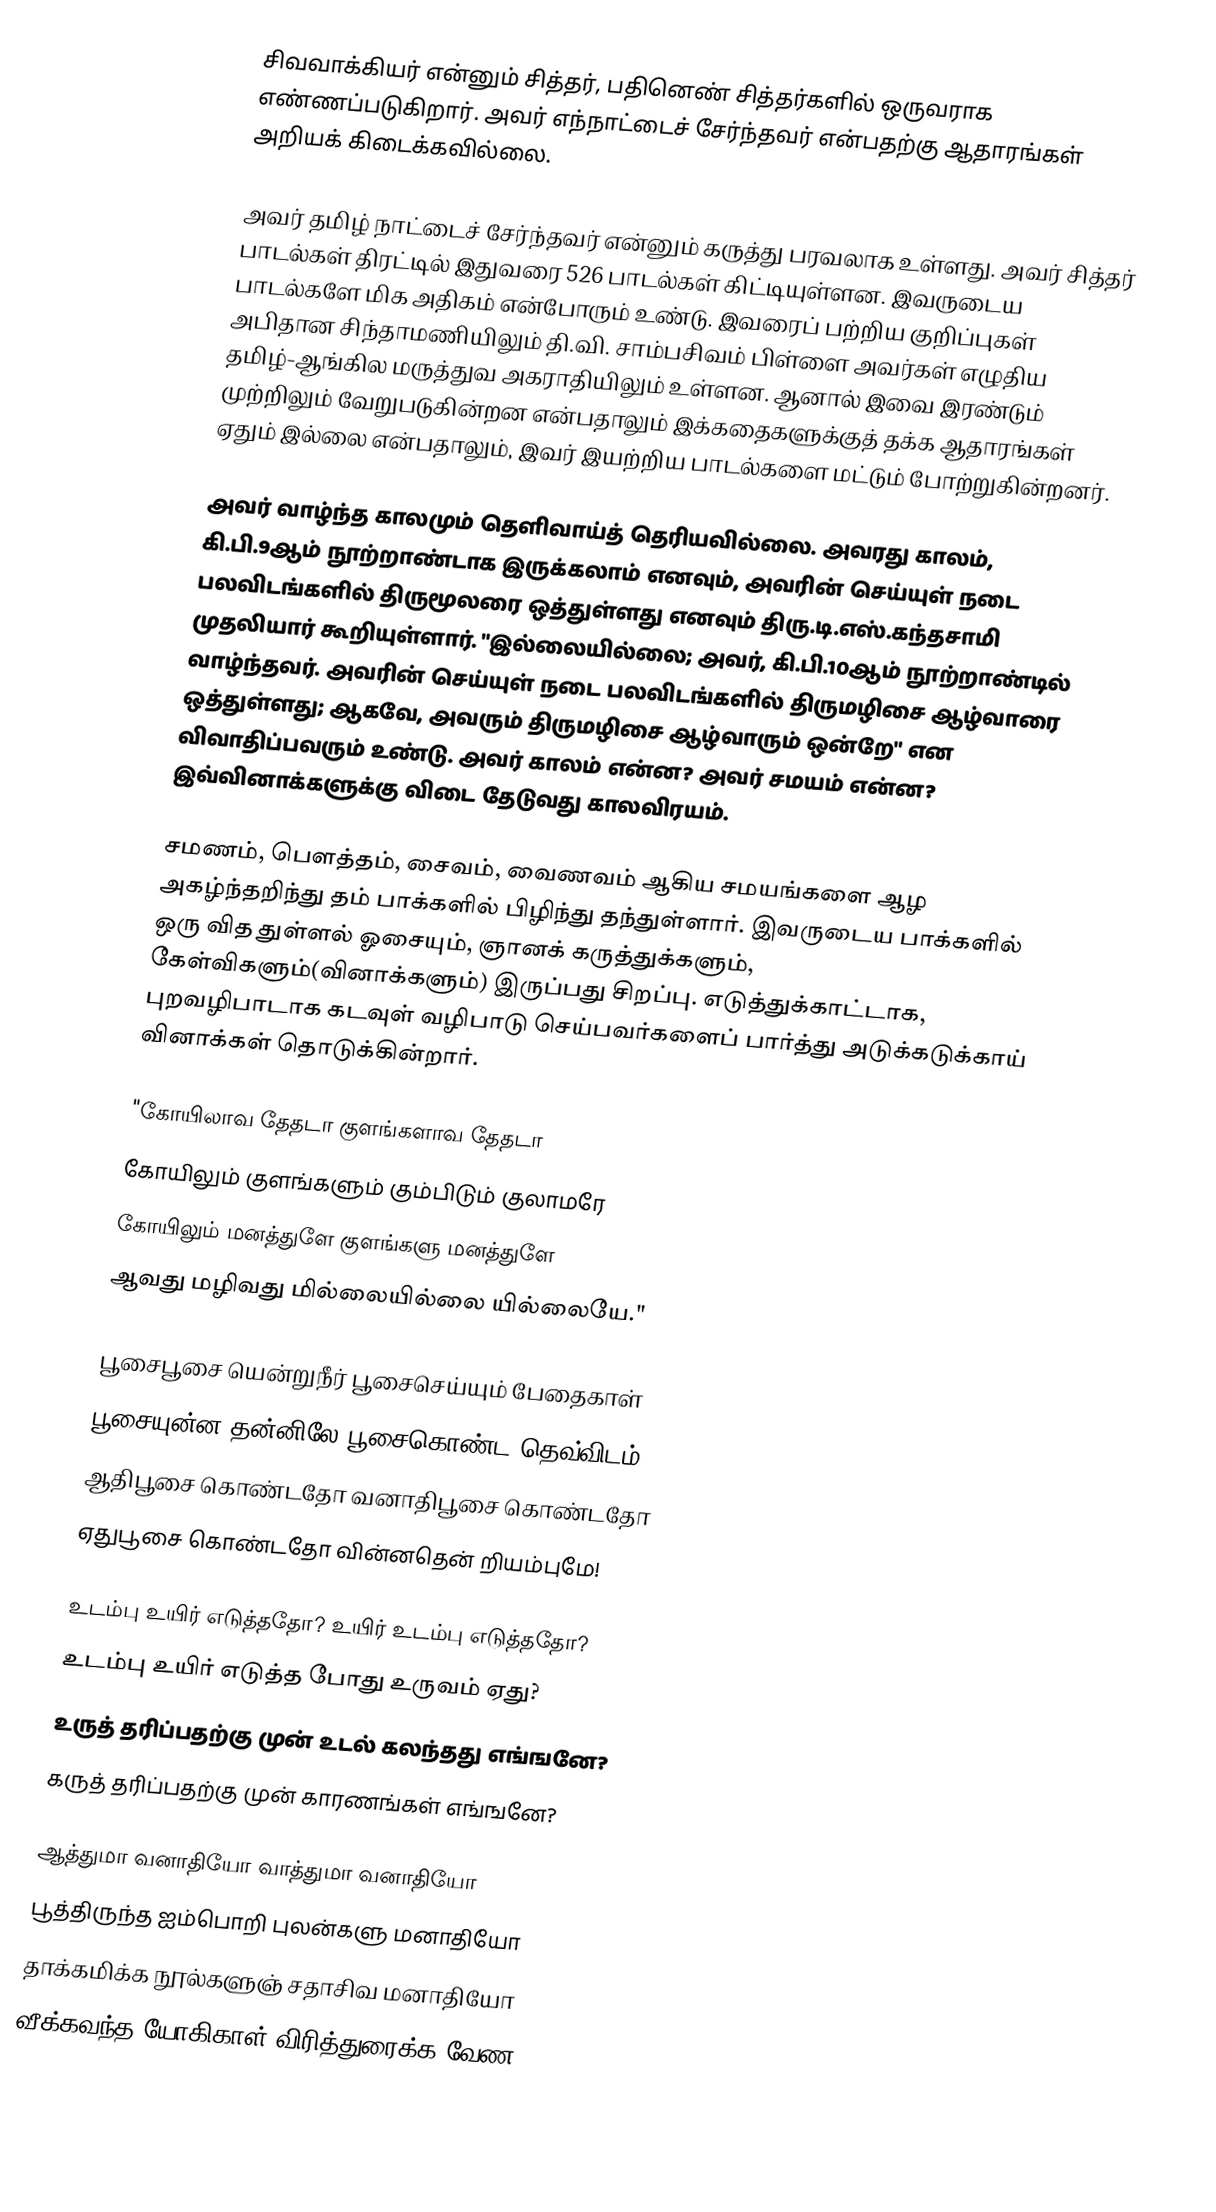
சிவவாக்கியர் என்னும் சித்தர், பதினெண் சித்தர்களில் ஒருவராக எண்ணப்படுகிறார். அவர் எந்நாட்டைச் சேர்ந்தவர் என்பதற்கு ஆதாரங்கள் அறியக் கிடைக்கவில்லை.

அவர் தமிழ் நாட்டைச் சேர்ந்தவர் என்னும் கருத்து பரவலாக உள்ளது. அவர் சித்தர் பாடல்கள் திரட்டில் இதுவரை 526 பாடல்கள் கிட்டியுள்ளன. இவருடைய பாடல்களே மிக அதிகம் என்போரும் உண்டு. இவரைப் பற்றிய குறிப்புகள் அபிதான சிந்தாமணியிலும் தி.வி. சாம்பசிவம் பிள்ளை அவர்கள் எழுதிய தமிழ்-ஆங்கில மருத்துவ அகராதியிலும் உள்ளன. ஆனால் இவை இரண்டும் முற்றிலும் வேறுபடுகின்றன என்பதாலும் இக்கதைகளுக்குத் தக்க ஆதாரங்கள் ஏதும் இல்லை என்பதாலும், இவர் இயற்றிய பாடல்களை மட்டும் போற்றுகின்றனர்.

அவர் வாழ்ந்த காலமும் தெளிவாய்த் தெரியவில்லை. அவரது காலம், கி.பி.9ஆம் நூற்றாண்டாக இருக்கலாம் எனவும், அவரின் செய்யுள் நடை பலவிடங்களில் திருமூலரை ஒத்துள்ளது எனவும் திரு.டி.எஸ்.கந்தசாமி முதலியார் கூறியுள்ளார். "இல்லையில்லை; அவர், கி.பி.10ஆம் நூற்றாண்டில் வாழ்ந்தவர். அவரின் செய்யுள் நடை பலவிடங்களில் திருமழிசை ஆழ்வாரை ஒத்துள்ளது; ஆகவே, அவரும் திருமழிசை ஆழ்வாரும் ஒன்றே" என விவாதிப்பவரும் உண்டு. அவர் காலம் என்ன? அவர் சமயம் என்ன? இவ்வினாக்களுக்கு விடை தேடுவது காலவிரயம்.

சமணம், பௌத்தம், சைவம், வைணவம் ஆகிய சமயங்களை ஆழ அகழ்ந்தறிந்து தம் பாக்களில் பிழிந்து தந்துள்ளார். இவருடைய பாக்களில் ஒரு வித துள்ளல் ஓசையும், ஞானக் கருத்துக்களும், கேள்விகளும்(வினாக்களும்) இருப்பது சிறப்பு. எடுத்துக்காட்டாக, புறவழிபாடாக கடவுள் வழிபாடு செய்பவர்களைப் பார்த்து அடுக்கடுக்காய் வினாக்கள் தொடுக்கின்றார்.

"கோயிலாவ தேதடா குளங்களாவ தேதடா
கோயிலும் குளங்களும் கும்பிடும் குலாமரே
கோயிலும் மனத்துளே குளங்களு மனத்துளே
ஆவது மழிவது மில்லையில்லை யில்லையே."

பூசைபூசை யென்றுநீர் பூசைசெய்யும் பேதைகாள்
பூசையுன்ன தன்னிலே பூசைகொண்ட தெவ்விடம்
ஆதிபூசை கொண்டதோ வனாதிபூசை கொண்டதோ
ஏதுபூசை கொண்டதோ வின்னதென் றியம்புமே!

 உடம்பு உயிர் எடுத்ததோ? உயிர் உடம்பு எடுத்ததோ?
 உடம்பு உயிர் எடுத்த போது உருவம் ஏது?
 உருத் தரிப்பதற்கு முன் உடல் கலந்தது எங்ஙனே?
 கருத் தரிப்பதற்கு முன் காரணங்கள் எங்ஙனே?

ஆத்துமா வனாதியோ வாத்துமா வனாதியோ
பூத்திருந்த ஐம்பொறி புலன்களு மனாதியோ
தாக்கமிக்க நூல்களுஞ் சதாசிவ மனாதியோ
வீக்கவந்த யோகிகாள் விரித்துரைக்க வேண